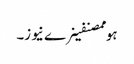
ہوممصنفینرے نیوز۔